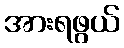
အားရဖွယ်